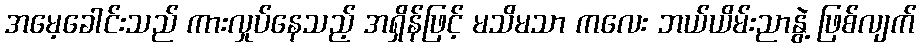
အမေ့ခေါင်းသည် ကားလှုပ်နေသည့် အရှိန်ဖြင့် မသိမသာ ကလေး ဘယ်ယိမ်းညာနွဲ့ ဖြစ်လျက်